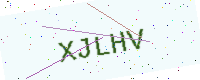
Text: XJLHV